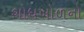
શોધખોળનો